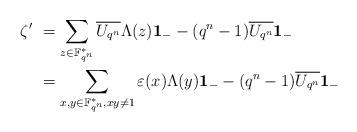
LaTeX: \begin{align*}\zeta' &\ =\sum_{z\in \mathbb{F}^*_{q^n}}\overline{U_{q^n}} \Lambda(z){\bf 1}_{-} - (q^n-1) \overline{U_{q^n}}{\bf 1}_{-}\\&\ =\sum_{x,y\in \mathbb{F}^*_{q^n}, xy\ne 1} \varepsilon(x)\Lambda(y) {\bf 1}_{-} -(q^n-1) \overline{U_{q^n}}{\bf 1}_{-}\end{align*}